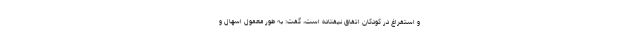
و استفراغ در کودکان اتفاق نیفتاده است،‌ گفت: به طور معمول اسهال و